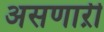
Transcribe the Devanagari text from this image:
असणाऱी